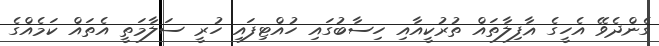
ގެންދެވޭ އެހީގެ ޣާފިލާތައް ތުރުކީއާއި ހިސާބުގައި ހުއްޓިފައި ހުރީ ސަލާމަތީ އެތައް ކަމެއްގެ